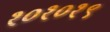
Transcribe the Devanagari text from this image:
१०१०१९